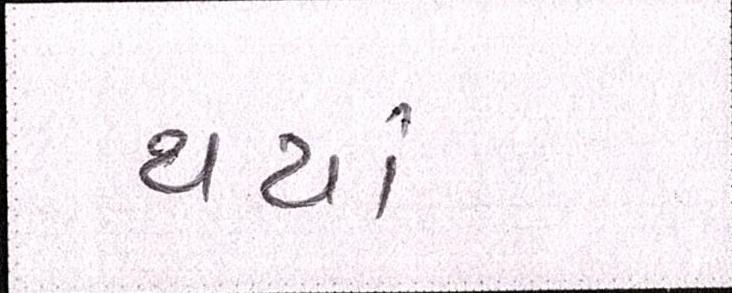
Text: થયાં